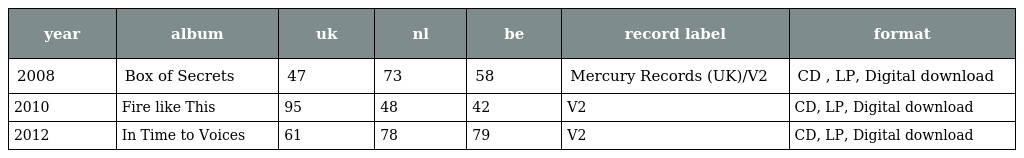
| year | album | uk | nl | be | record label | format |
 | --- | --- | --- | --- | --- | --- | --- |
 | 2008 | Box of Secrets | 47 | 73 | 58 | Mercury Records (UK)/V2 | CD , LP, Digital download |
 | 2010 | Fire like This | 95 | 48 | 42 | V2 | CD, LP, Digital download |
 | 2012 | In Time to Voices | 61 | 78 | 79 | V2 | CD, LP, Digital download |